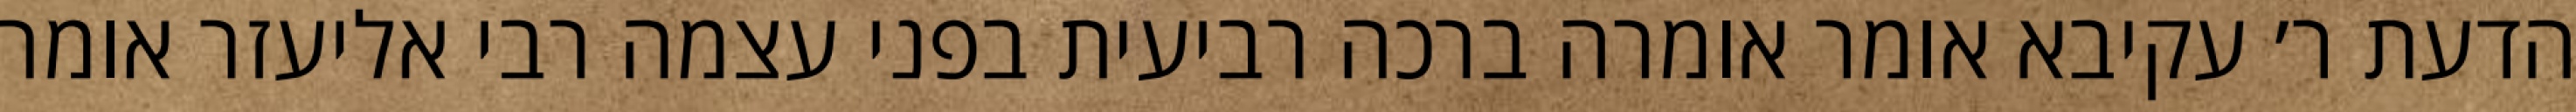
הדעת ר׳ עקיבא אומר אומרה ברכה רביעית בפני עצמה רבי אליעזר אומר